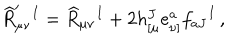
\widehat R _ { \mu \nu } ^ { \prime } { } ^ { I } = \widehat R _ { \mu \nu } { } ^ { I } + 2 h _ { [ \mu } ^ { J } e _ { \nu ] } ^ { a } f _ { a J } { } ^ { I } \, ,